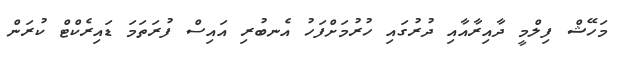
މަހޭޝް ފިލްމީ ދާއިރާއާއި ދުރުގައި ހުރުމަށްފަހު އެނބުރި އައިސް ފުރަތަމަ ޑައިރެކްޓް ކުރަން